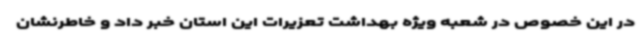
در این خصوص در شعبه ویژه بهداشت تعزیرات این استان خبر داد و خاطرنشان